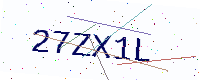
Text: 27ZX1L